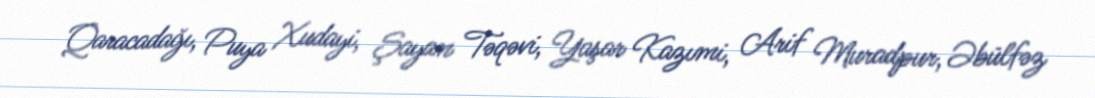
Qaracadağı, Puya Xudayi, Şayan Təqəvi, Yaşar Kazımi, Arif Muradpur, Əbülfəz